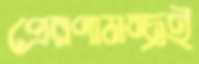
প্রেরণামন্ত্রই